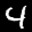
Label: 4